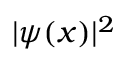
| \psi ( x ) | ^ { 2 }